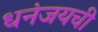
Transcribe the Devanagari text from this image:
धनंजयची